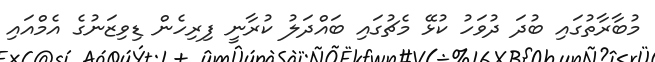
މުބާރާތުގައި ބުދަ ދުވަހު ކުޅޭ މެޗުގައި ބައްދަލު ކުރާނީ ފިރިހެން ޑިވިޒަނުގެ އެމްއައި